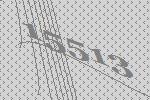
15513